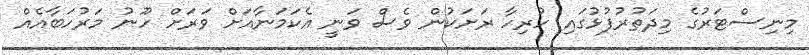
މިނިސްޓަރުގެ މިދަތުރުފުޅުގައި ހުރިހާ ރަށަކުން ވެސް ވަނީ އެކަމަނާއަށް ވަރަށް ހޫނު މަރުހަބާއެއް